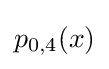
p_{0,4}(x)